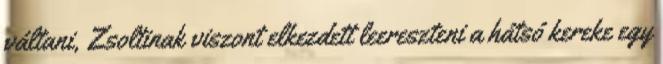
váltani, Zsoltinak viszont elkezdett leereszteni a hátsó kereke egy